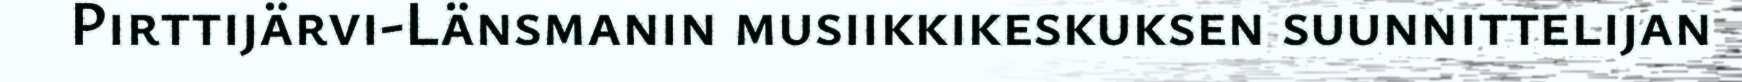
Pirttijärvi-Länsmanin musiikkikeskuksen suunnittelijan